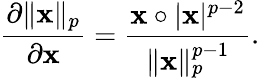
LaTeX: {\frac{\partial\| \mathbf{x}\| _{p}}{\partial\mathbf{x}}}={\frac{\mathbf{x}\circ|\mathbf{x}|^{p-2}}{\| \mathbf{x}\| _{p}^{p-1}}}.